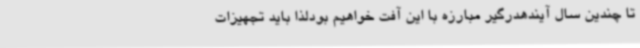
تا چندین سال آیندهدرگیر مبارزه با این آفت خواهیم بودلذا باید تجهیزات